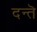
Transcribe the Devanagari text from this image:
दन्तॆ